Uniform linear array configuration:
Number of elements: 8
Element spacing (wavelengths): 1
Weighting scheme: binomial
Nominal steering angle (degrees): -45
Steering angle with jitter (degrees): -46.23
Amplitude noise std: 0.05
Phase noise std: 0.05

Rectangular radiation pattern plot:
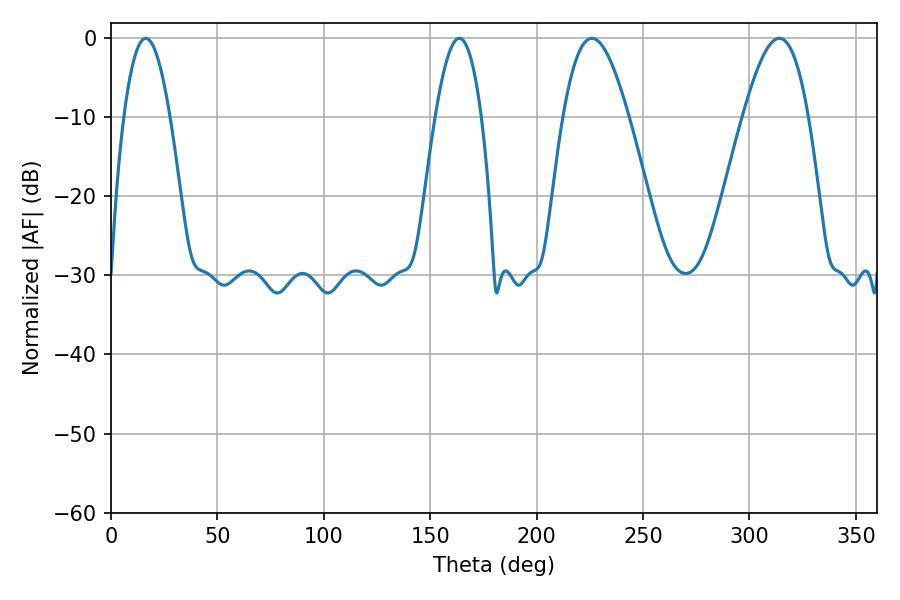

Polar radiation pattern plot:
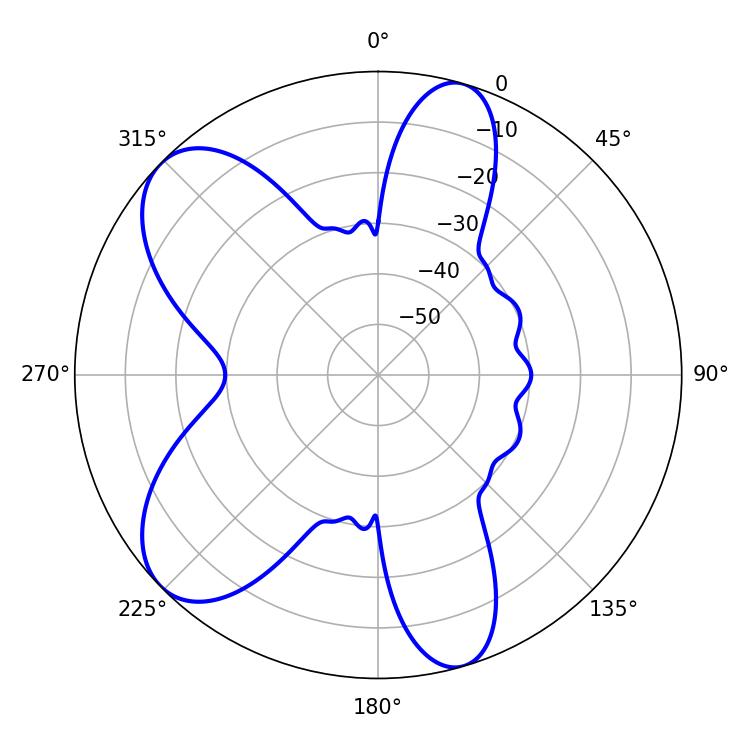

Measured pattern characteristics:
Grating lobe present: TRUE
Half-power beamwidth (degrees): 16.74
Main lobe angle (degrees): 225.9